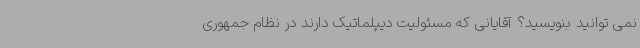
نمی توانید بنویسید؟ آقایانی که مسئولیت دیپلماتیک دارند در نظام جمهوری